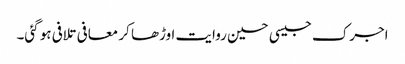
اجرک جیسی حسین روایت اوڑھا کر معافی تلافی ہو گئی۔